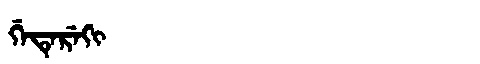
Manchu: ᡤᡝᡨᡝᡵᡝᡴᡳ
Romanization: GETEREKI